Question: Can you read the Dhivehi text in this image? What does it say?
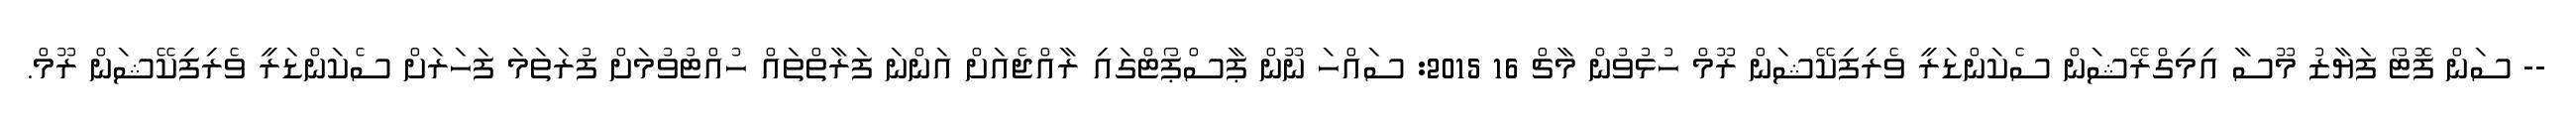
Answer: -- ސަން ފޮޓޯ ފަޔާޒު މޫސާ އިމިގްރޭޝަން ސެކަންޑަރީ ވެރިފިކޭޝަން ރޫމް ހުޅުވުން މާޗް 16 2015: ސައްހަ ނޫން ޕާސްޕޯޓްގައި ރާއްޖެއަށް އަންނަ ފަރާތްތައް ހުއްޓުވުމަށް ފުރަތަމަ ފަހަރަށް ސެކަންޑަރީ ވެރިފިކޭޝަން ރޫމް.